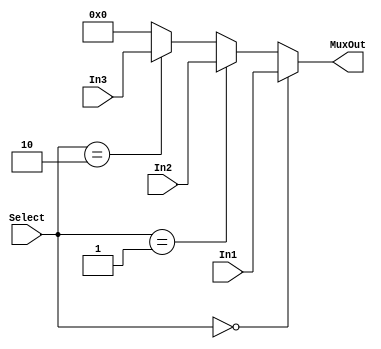
`timescale 1ns/1ns

module MUX3to1_32bits(
  input [1:0] Select,
  input [31:0] In1, In2, In3,
	
  output [31:0] MuxOut
	);
  assign MuxOut = (Select == 2'b00) ? In1 :
									(Select == 2'b01) ? In2 :
									(Select == 2'b10) ? In3 : 32'b0;
endmodule